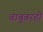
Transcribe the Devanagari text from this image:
बाबुबरही